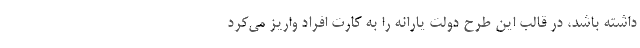
داشته باشد، در قالب این طرح دولت یارانه را به کارت افراد واریز می‌کرد